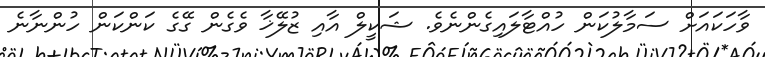
ވާހަކައަށް ސަމާލުކަން ހުއްޓާލައިގެންނެވެ. ޝަކީލް އާއި ޒުލޭޚާ ވެގެން ގޭގެ ކަންކަން ހުންނާނެ